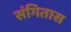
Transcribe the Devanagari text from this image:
संगितास